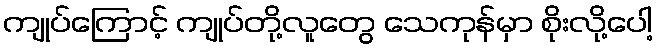
ကျုပ်ကြောင့် ကျုပ်တို့လူတွေ သေကုန်မှာ စိုးလို့ပေါ့